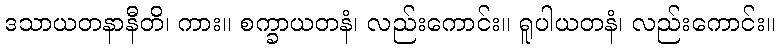
ဒသာယတနာနီတိ၊ ကား။ စက္ခာယတနံ၊ လည်းကောင်း။ ရူပါယတနံ၊ လည်းကောင်း။